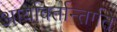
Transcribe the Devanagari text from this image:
आर्यावर्तान्तर्गते